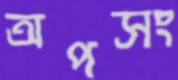
অপসং